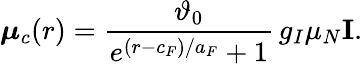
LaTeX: \boldsymbol\mu_{c}(r)=\frac{\vartheta_{0}}{e^{(r-c_{F})/a_{F}}+1}\, g_{I}\mu_{N}\mathbf{I}.